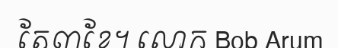
តែ៣ខែ។ លោក Bob Arum